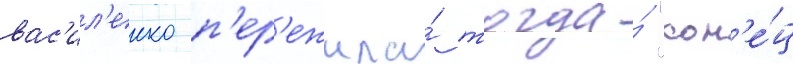
вас'ил'енко п'ер'ежила́ тогда́ "кон'е́ц